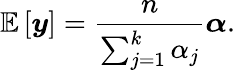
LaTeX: \mathbb E\left[\boldsymbol y\right]=\frac{n}{\sum_{j=1}^{k}\alpha_{j}}\boldsymbol\alpha.